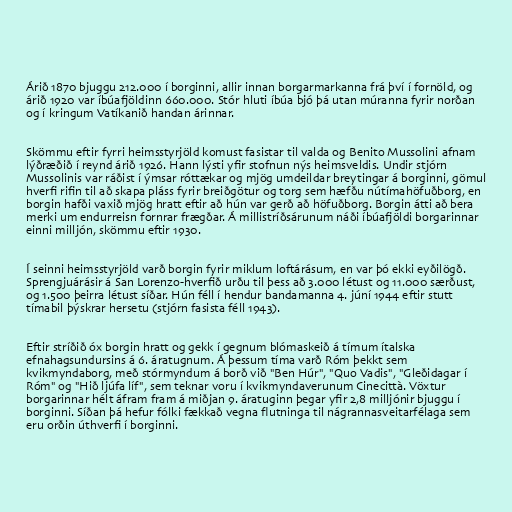
Árið 1870 bjuggu 212.000 í borginni, allir innan borgarmarkanna frá því í fornöld, og
árið 1920 var íbúafjöldinn 660.000. Stór hluti íbúa bjó þá utan múranna fyrir norðan
og í kringum Vatíkanið handan árinnar.

Skömmu eftir fyrri heimsstyrjöld komust fasistar til valda og Benito Mussolini afnam
lýðræðið í reynd árið 1926. Hann lýsti yfir stofnun nýs heimsveldis. Undir stjórn
Mussolinis var ráðist í ýmsar róttækar og mjög umdeildar breytingar á borginni, gömul
hverfi rifin til að skapa pláss fyrir breiðgötur og torg sem hæfðu nútímahöfuðborg, en
borgin hafði vaxið mjög hratt eftir að hún var gerð að höfuðborg. Borgin átti að bera
merki um endurreisn fornrar frægðar. Á millistríðsárunum náði íbúafjöldi borgarinnar
einni milljón, skömmu eftir 1930.

Í seinni heimsstyrjöld varð borgin fyrir miklum loftárásum, en var þó ekki eyðilögð.
Sprengjuárásir á San Lorenzo-hverfið urðu til þess að 3.000 létust og 11.000 særðust,
og 1.500 þeirra létust síðar. Hún féll í hendur bandamanna 4. júní 1944 eftir stutt
tímabil þýskrar hersetu (stjórn fasista féll 1943).

Eftir stríðið óx borgin hratt og gekk í gegnum blómaskeið á tímum ítalska
efnahagsundursins á 6. áratugnum. Á þessum tíma varð Róm þekkt sem
kvikmyndaborg, með stórmyndum á borð við "Ben Húr", "Quo Vadis", "Gleðidagar í
Róm" og "Hið ljúfa líf", sem teknar voru í kvikmyndaverunum Cinecittà. Vöxtur
borgarinnar hélt áfram fram á miðjan 9. áratuginn þegar yfir 2,8 milljónir bjuggu í
borginni. Síðan þá hefur fólki fækkað vegna flutninga til nágrannasveitarfélaga sem
eru orðin úthverfi í borginni.